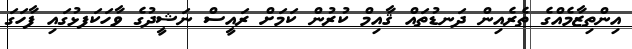
އިންތިޒާމެއްގެ ތެރެއިން ދަނޑުތައް ޤާއިމް ކުރުން ކަމަށް ރައީސް ނަޝީދުގެ ވާހަކަފޅުގައި ފާހަގަ